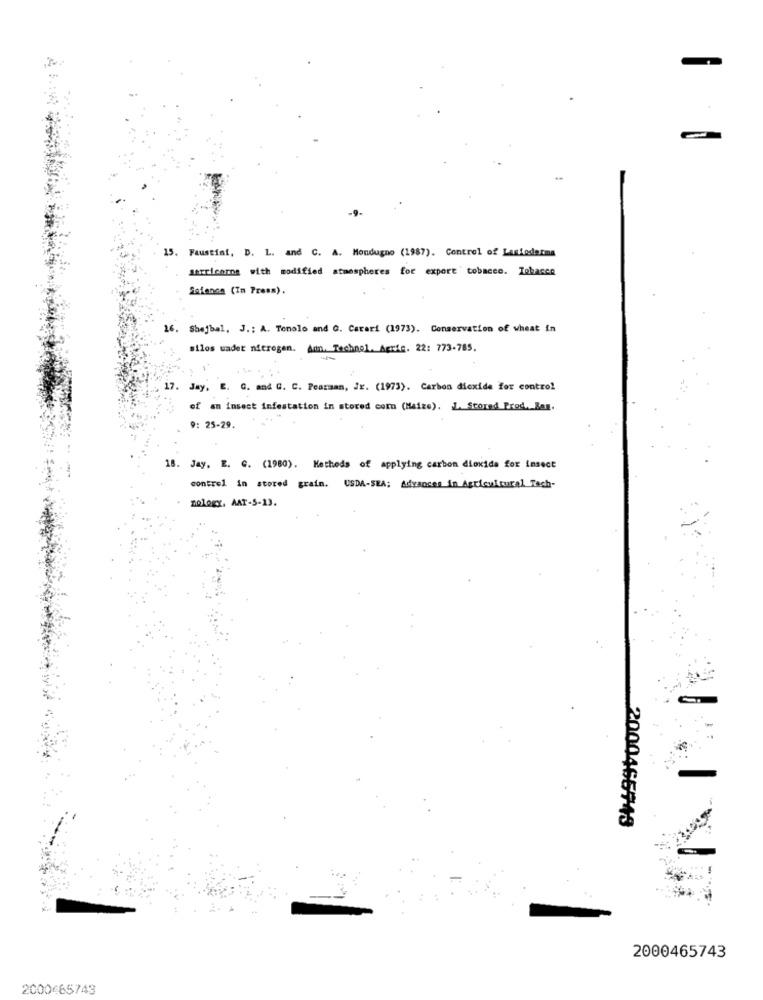
15. Faustini, D. L. and C. A. Mondugno (1987). Control of Lasiodaima
sarricarne with modified atmospheres for export tobacco. Tobacco
Science (In Press).
16. Shejbal, J .: A. Tenolo and G. Carari (1973). Conservation of wheat in
silos wadet nitrogen. Ann. Technol. Agrie. 22: 773-785.
-
17.
G. and G. C. Pearman, JE. (1973). Carbon dioxide for control
of an insect infestation in stored como (Maize). L.Scored Prod, Ban.
9: 25-29.
18. Jay. E. C. (1980). Methods of applying carbon dioxide for insect
control in stored grain. USDA-SEA; Advances in Agricultural Tech-
nology, AAT-5-13.
2000465743
2000465743
2000 65749